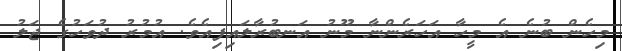
މިހެން ބުނެ އެ މީހާ އަހަރެންނާ މޫނު އަނބުރާލައިފިއެވެ. އުމުރު ދުވަހުގެ ޖަލު